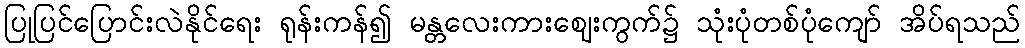
ပြုပြင်ပြောင်းလဲနိုင်ရေး ရုန်းကန်၍ မန္တလေးကားဈေးကွက်၌ သုံးပုံတစ်ပုံကျော် အိပ်ရသည်